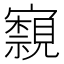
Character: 𭔢